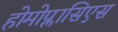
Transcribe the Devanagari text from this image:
होमोप्लासिएस